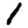
Digit: 1